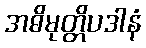
အဓိမုတ္တိပဒါနံ